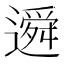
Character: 䢬